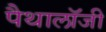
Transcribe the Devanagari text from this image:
पैथालॉजी